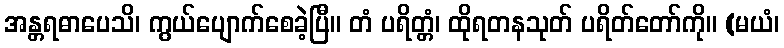
အန္တရဓာပေသိ၊ ကွယ်ပျောက်စေခဲ့ပြီ။ တံ ပရိတ္တံ၊ ထိုရတနသုတ် ပရိတ်တော်ကို။ (မယံ၊